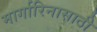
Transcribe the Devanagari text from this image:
मार्गारिनासाठी